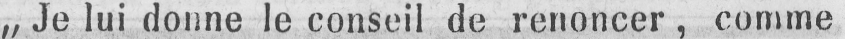
„Je lui donne le conseil de renoncer, comme